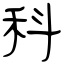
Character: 科